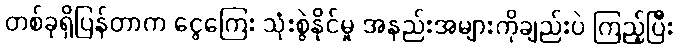
တစ်ခုရှိပြန်တာက ငွေကြေး သုံးစွဲနိုင်မှု အနည်းအများကိုချည်းပဲ ကြည့်ပြီး